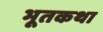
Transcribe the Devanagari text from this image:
भूतकथा